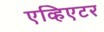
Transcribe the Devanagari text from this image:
एव्हिएटर